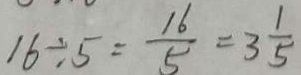
1 6 \div 5 = \frac { 1 6 } { 5 } = 3 \frac { 1 } { 5 }